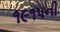
૧૯૧૫ની